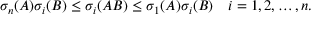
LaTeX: \sigma _ { n } ( A ) \sigma _ { i } ( B ) \leq \sigma _ { i } ( A B ) \leq \sigma _ { 1 } ( A ) \sigma _ { i } ( B ) \quad i = 1 , 2 , \ldots , n .